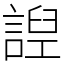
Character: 䛼